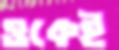
ওকেই